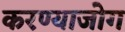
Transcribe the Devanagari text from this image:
करण्याजोग